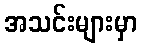
အသင်းများမှာ